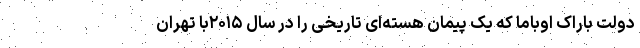
دولت باراک اوباما که یک پیمان هسته‌ای تاریخی را در سال ۲۰۱۵با تهران